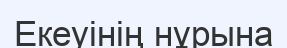
Екеуінің нұрына